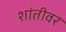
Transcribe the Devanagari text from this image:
शांतीवर